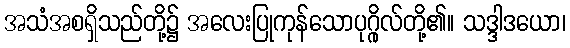
အသံအစရှိသည်တို့၌ အလေးပြုကုန်သောပုဂ္ဂိုလ်တို့၏။ သဒ္ဒါဒယော၊